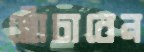
ছোঁচাবেন